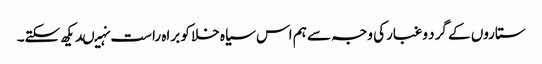
ستاروں کے گرد وغبارکی وجہ سے ہم اس سیاہ خلا کو براہ راست نہیںدیکھ سکتے۔